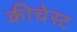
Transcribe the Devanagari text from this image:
कीचेस्ट